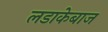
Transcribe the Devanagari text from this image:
लडाकेबाज